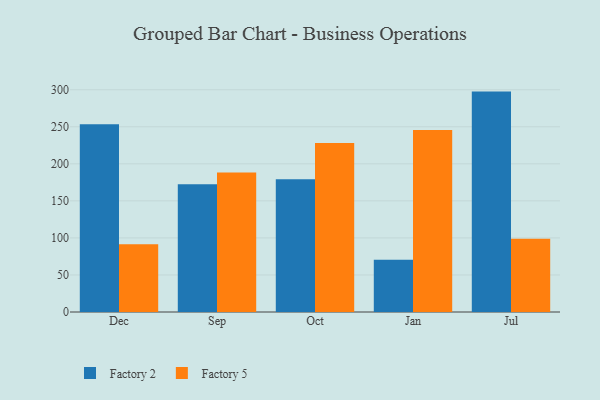
{"axis": {"x": "Month", "y": "Inventory Turnover"}, "legend": ["Factory 2", "Factory 5"], "data": [{"x": "Dec", "y": 253.5, "type": "Factory 2"}, {"x": "Dec", "y": 91.5, "type": "Factory 5"}, {"x": "Sep", "y": 172.3, "type": "Factory 2"}, {"x": "Sep", "y": 188.2, "type": "Factory 5"}, {"x": "Oct", "y": 179.3, "type": "Factory 2"}, {"x": "Oct", "y": 228.0, "type": "Factory 5"}, {"x": "Jan", "y": 70.6, "type": "Factory 2"}, {"x": "Jan", "y": 245.8, "type": "Factory 5"}, {"x": "Jul", "y": 297.5, "type": "Factory 2"}, {"x": "Jul", "y": 98.8, "type": "Factory 5"}]}